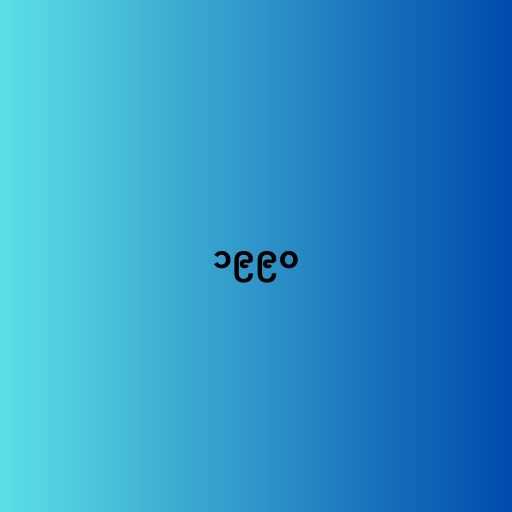
၁၉၉၀